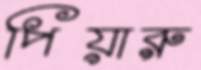
পিয়ারু